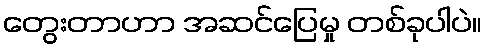
တွေးတာဟာ အဆင်ပြေမှု တစ်ခုပါပဲ။